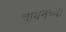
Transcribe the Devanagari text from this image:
चायनच्या